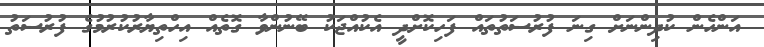
އަންހެން ކުދިންނަށް ގިނަ ފުރުސަތުތައް ފަހިކޮށްދީ އެކުއްޖަކު ބޭނުންވާ ގޮތެއް އިހްތިޔާރުކުރުމުގެ ފުރުސަތު